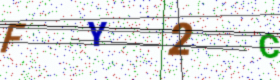
Text: FY2C